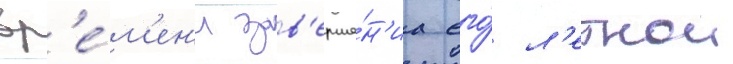
вр'е́м'ен'и зав'ерше́н'иа его́ л'етнои